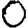
Digit: 0